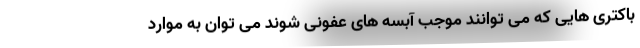
باکتری هایی که می توانند موجب آبسه های عفونی شوند می توان به موارد